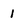
Character: 1